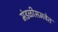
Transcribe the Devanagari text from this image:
मंडळीसमवेत